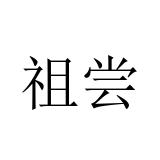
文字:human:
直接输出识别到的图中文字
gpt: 祖尝